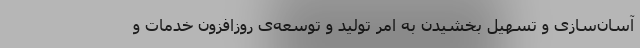
آسان‌سازی و تسهیل بخشیدن به امر تولید و توسعه‌ی روز‌افزون خدمات و